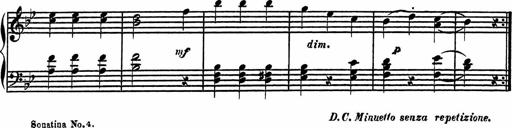
Title: 4 Piano Sonatinas
Composer: Adam Geibel